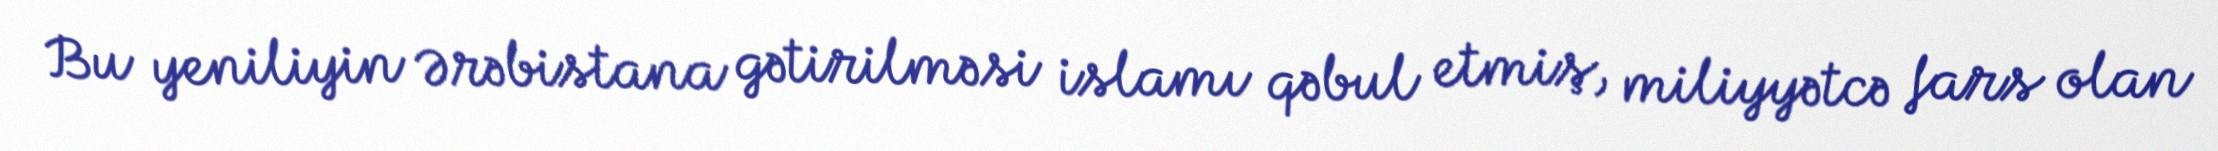
Bu yeniliyin Ərəbistana gətirilməsi islamı qəbul etmiş, miliyyətcə fars olan